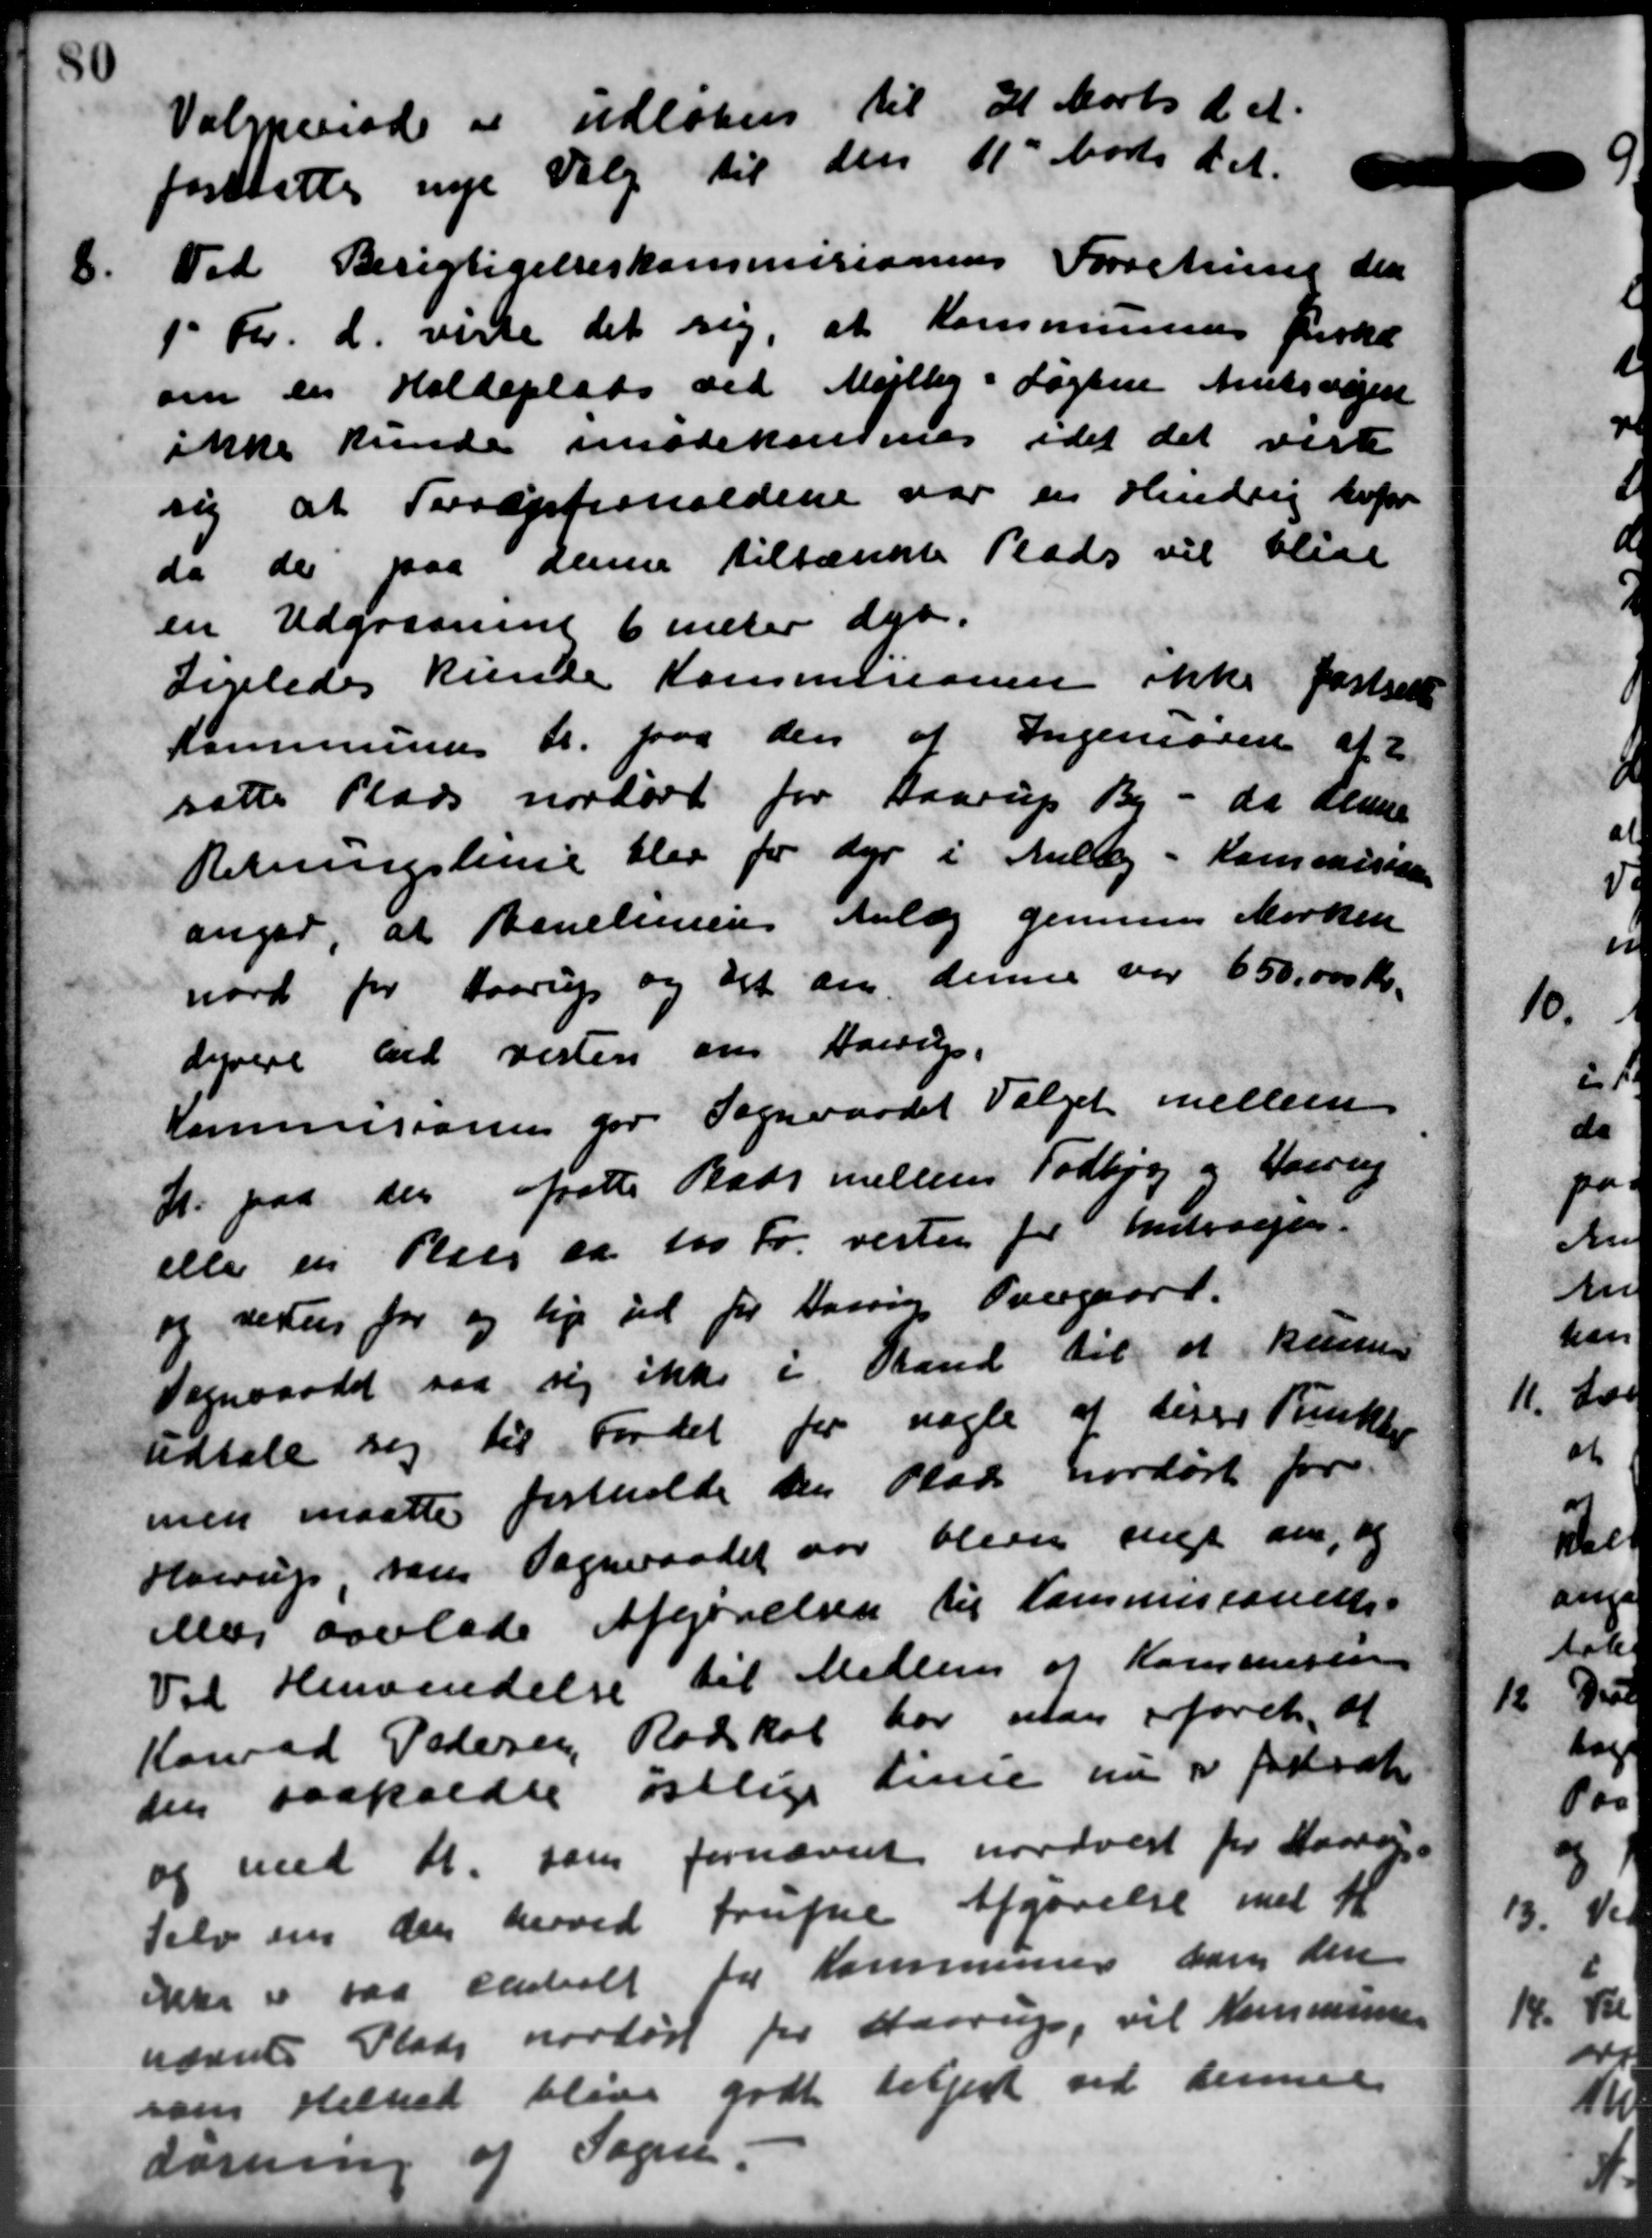
Transskription:
Valgperiode er udløbes til 31 Marts d. A.
forstattes nye Valg til den 11' Marts d. A.
8.
Ved Berigtigelseskommisionens Forretning den
1 Fv. d. viste det sig, at Kommunens fiske
om en Holdeplads ved Mejlby i Sagen Amtsvejen
ikke kunde imødekommes idet det vist
sig at Toroptionaldene var en Hindrig herfor
da der paa denne tiltænkte Plads vil blive
en Udgravnen 6 inter der.
Ligeledes kunde Kommisionen ikke fastsætte
Kommunens A. paa den af Ingeniøren af 2
satte Plads nordøst for Haarup By - da denne
Retningshuse blev for der i Anlæg - Kommissære
angar, at Revelemens Anlæg gennem Marken
nord for Haarup og det an denne var 650,000 Kr.
dyrere ved resten om Haarup.
Kommisionen for Sogneraadet Valget mellem
K. paa der afsatte Raas mellem Todbjerg og Haarup
eller en Plads ca. 100 Fr. rester for Andragen
og retus for og lige ud for Harrig Overgaard.
Sogneraadet saa sig ikke i Stand til at kunne
udtale sig til Fordel for nogle at diser Funkti
men maatte fastholde den Plads nordørt for
Haerup, som Sogneraadet var bleve enig om, og
Maj saalede Afgørelsen til kommisionette
Til Henvendelse til Medlem af Kommissen
Konrad Pedersen, Radskal har man foret, at
den saakaldte østlige Linie nu er fastsæt
og med A. som fornævnte nordvest for Hansen
selv om den herved trufne Afgørelse med H
ikke er paa Henholt for Kommunen som den
nævnte Plads nortør for Haarup, vil Kommunen
som Helhed blive godt følgest ved denne
Lørning af Sagen